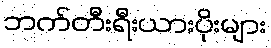
ဘက်တီးရီးယားပိုးများ